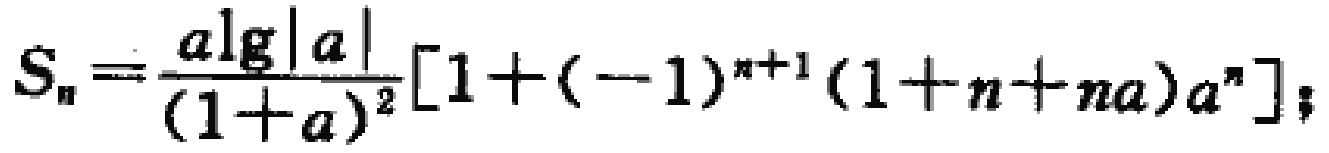
\[S_{n}=\frac{a\lg|a|}{(1 + a)^{2}}[1+(-1)^{n + 1}(1 + n+na)a^{n}];\]